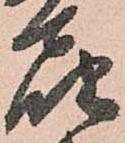
届